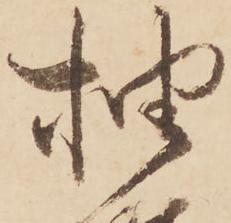
抽